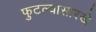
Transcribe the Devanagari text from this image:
फुटल्यासारखे